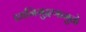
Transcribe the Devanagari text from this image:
ध्वनिमुद्रणामुळे